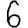
Digit: 6